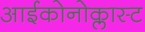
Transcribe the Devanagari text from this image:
आईकोनोक्लास्ट